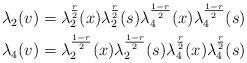
LaTeX: \begin{align*}&\lambda_2(v)=\lambda^{\frac{r}{2}}_2(x)\lambda^{\frac{r}{2}}_2(s)\lambda^{\frac{1-r}{2}}_4(x)\lambda^{\frac{1-r}{2}}_4(s) \\& \lambda_4(v)=\lambda^{\frac{1-r}{2}}_2(x)\lambda^{\frac{1-r}{2}}_2(s)\lambda^{\frac{r}{2}}_4(x)\lambda^{\frac{r}{2}}_4(s) \end{align*}